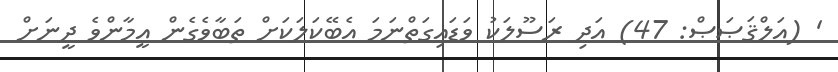
' (އަލްޤަޞަޞް: 47) އަދި ރަސޫލަކު ވަޑައިގަތްނަމަ އެބޭކަލަކަށް ތަބާވެގެން އީމާންވެ ދީނަށް